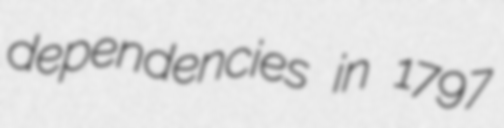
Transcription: dependencies in 1797